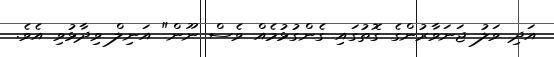
އަދި ވަލު ޖަނަވާރުންގެ ގޮތުގައި ގެންގުޅުމެއް ވެސް ނޫން" އަނިލް ވިދާޅުވި އެވެ.